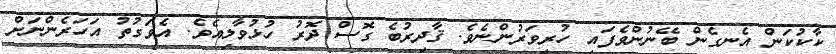
ކާކުކަން އެނގެން ބޭނުންވެފައި ހުރިވަރުންނެވެ. ޤާދިރުބެ ގޮސް ދޮރު ހުޅުވާލިއެވެ. އެވަގުތު އަހަރެންނަށް